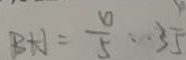
B H = \frac { 6 } { 5 } : 3 \frac { 4 } { 5 }